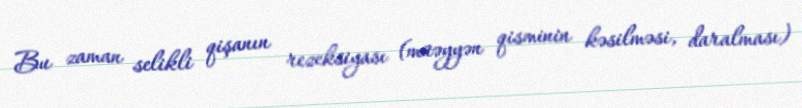
Bu zaman selikli qişanın rezeksiyası (müəyyən qisminin kəsilməsi, daralması)